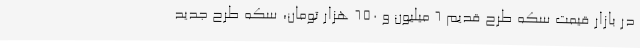
در بازار قیمت سکه طرح قدیم 6 میلیون و 650 هزار تومان، سکه طرح جدید